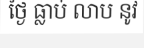
ថ្ងៃ ធ្លាប់ លាប នូវ